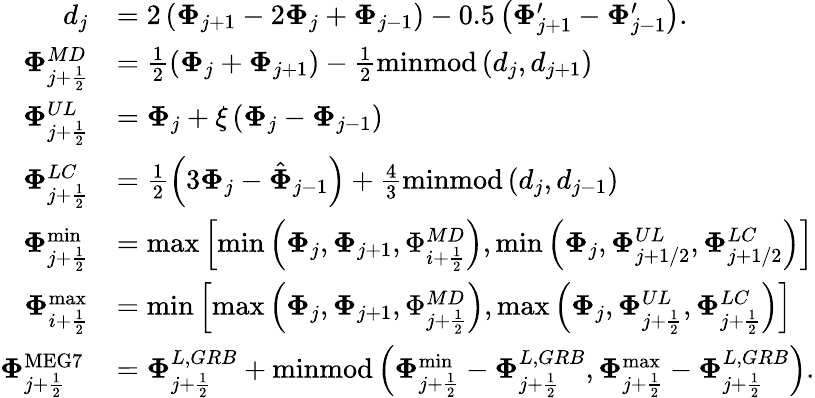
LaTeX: \begin{array}{rl}{d_{j}}&{=2\left({{\mathbf{\Phi}}}_{j+1}-2{{\mathbf{\Phi}}}_{j}+{{\mathbf{\Phi}}}_{j-1}\right)-0.5\left({{\mathbf{\Phi}}}_{j+1}^{\prime}-{{\mathbf{\Phi}}}_{j-1}^{\prime}\right).}\\ {{\mathbf{\Phi}}_{j+\frac{1}{2}}^{MD}}&{=\frac{1}{2}\left({{\mathbf{\Phi}}}_{j}+{{\mathbf{\Phi}}}_{j+1}\right)-\frac{1}{2}\operatorname{minmod}\left(d_{j},d_{j+1}\right)}\\ {{\mathbf{\Phi}}_{j+\frac{1}{2}}^{UL}}&{={{\mathbf{\Phi}}}_{j}+\xi\left({{\mathbf{\Phi}}}_{j}-{{\mathbf{\Phi}}}_{j-1}\right)}\\ {{\mathbf{\Phi}}_{j+\frac{1}{2}}^{LC}}&{=\frac{1}{2}\left(3{{\mathbf{\Phi}}}_{j}-{\hat{\mathbf{\Phi}}}_{j-1}\right)+\frac{4}{3}\operatorname{minmod}\left(d_{j},d_{j-1}\right)}\\ {{\mathbf{\Phi}}_{j+\frac{1}{2}}^{\operatorname*{min}}}&{=\operatorname*{max}\left[\operatorname*{min}\left({{\mathbf{\Phi}}}_{j},{{\mathbf{\Phi}}}_{j+1},{\Phi}_{i+\frac{1}{2}}^{MD}\right),\operatorname*{min}\left({{\mathbf{\Phi}}}_{j},{\mathbf{\Phi}}_{j+1/2}^{UL},{\mathbf{\Phi}}_{j+1/2}^{LC}\right)\right]}\\ {{\mathbf{\Phi}}_{i+\frac{1}{2}}^{\operatorname*{max}}}&{=\operatorname*{min}\left[\operatorname*{max}\left({{\mathbf{\Phi}}}_{j},{{\mathbf{\Phi}}}_{j+1},{\Phi}_{j+\frac{1}{2}}^{MD}\right),\operatorname*{max}\left({{\mathbf{\Phi}}}_{j},{\mathbf{\Phi}}_{j+\frac{1}{2}}^{UL},{\mathbf{\Phi}}_{j+\frac{1}{2}}^{LC}\right)\right]}\\ {{\mathbf{\Phi}}_{j+\frac{1}{2}}^{\mathrm{MEG7~}}}&{={\mathbf{\Phi}}_{j+\frac{1}{2}}^{L,GRB}+\operatorname{minmod}\left({\mathbf{\Phi}}_{j+\frac{1}{2}}^{\operatorname*{min}}-{\mathbf{\Phi}}_{j+\frac{1}{2}}^{L,GRB},{\mathbf{\Phi}}_{j+\frac{1}{2}}^{\operatorname*{max}}-{\mathbf{\Phi}}_{j+\frac{1}{2}}^{L,GRB}\right).}\end{array}